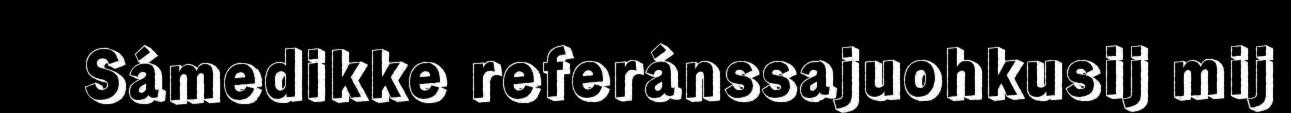
Sámedikke referánssajuohkusij mij